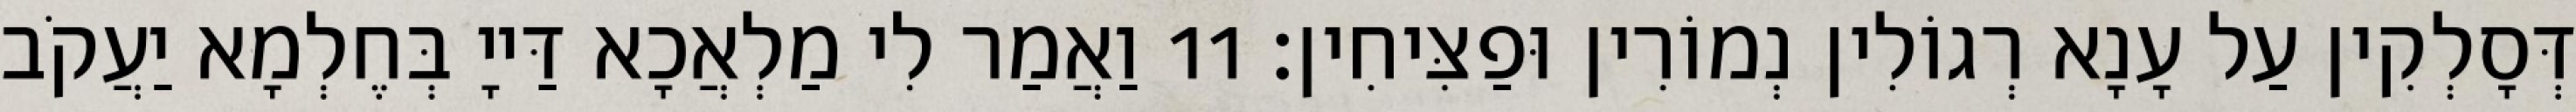
דְּסָלְקִין עַל עָנָא רְגוֹלִין נְמוֹרִין וּפַצִּיחִין׃ 11 וַאֲמַר לִי מַלְאֲכָא דַּייָ בְּחֶלְמָא יַעֲקֹב